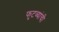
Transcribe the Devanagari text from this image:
फुटव्यांची